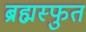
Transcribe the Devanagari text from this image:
ब्रह्मस्फुत